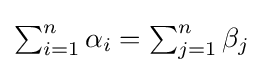
{\textstyle {\sum _{i=1}^{n}\alpha _{i}=\sum _{j=1}^{n}\beta _{j}}}